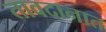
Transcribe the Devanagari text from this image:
तावदानात